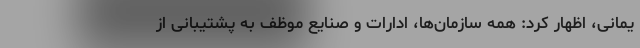
یمانی، اظهار کرد: همه سازمان‌ها، ادارات و صنایع موظف به پشتیبانی از